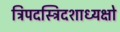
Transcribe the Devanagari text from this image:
त्रिपदस्त्रिदशाध्यक्षो